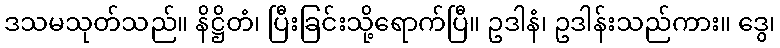
ဒသမသုတ်သည်။ နိဋ္ဌိတံ၊ ပြီးခြင်းသို့ရောက်ပြီ။ ဥဒါနံ၊ ဥဒါန်းသည်ကား။ ဒွေ၊